Report on sanitation, dispensaries, and jails in Rajputana for 1921, and on vaccination for the year 1921-1922 - 1921-1922
Year: 1921
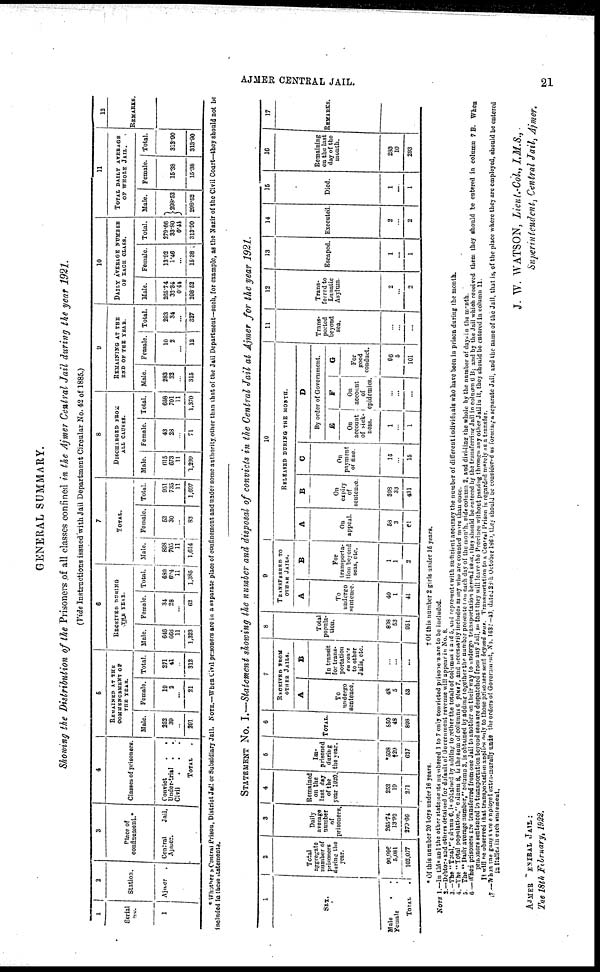
AJMER CENTRAL JAIL.
211
GENERAL SUMMARY.
Showing the Distribution of the Prisoners of all classes confined in the Ajmer Central Jail during the year 1921.
(Vide Instructions issued with Jail Department Circular No. 42 of 1885.)
1
Serial
No.
1
2
Station.
Ajmer
3
Place of
confinement.*
Central
Jail,
Ajmer.
4
Classes of prisoners.
Convict
. .
Under-trial ..
Civil
.
.
.
TOTAL.
5
REMAINED AT THE
COMMENCEMENT OF
THE YEAR.
Male.
252
39
...
291
Female.
19
2
...
21
Total.
271
41
...
312
6
RECEIVED DURING
THE YEAR.
Male.
646
666 11
1,323
Female.
34
28
...
62
Total.
680
694
11
1,385
7
TOTAL.
Male.
898
705
11
1,614
Female.
53
30
...
83
Total.
951
735
11
1,697
8
DISCHARGED FROM
ALL CAUSES.
Male.
615
673
11
1,299
Female.
43
28
...
71
Total.
658
701
11
1,370
9
REMAINING AT THE
END OF THE YEAR.
Male.
283
32
...
315
Female.
10
2
...
12
Total.
293
34
...
327
10
DAILY AVERAGE NUMBER
OF EACH CLASS.
Male.
285.74
33.34
0.44
298.52
Female.
13.92
1.46
...
15.38
Total.
279.66
83.80
0.44
313.90
11
TOTAL DAILY AVERAGE
OF WHOLE JAIL.
Male.
298.52
298.52
Female.
15.38
15.38
Total.
313.90
313.90
12
REMARKS.
* Whether a Central Prison, District Jail or Subsidiary Jail. NOTE.—When Civil prisoners are in a separate place of confinement and under some authority other than that of the Jail Department—such, for example, as the Nazir of the Civil Court—they should not be
included in these statements.
STATEMENT No. I.—Statement showing the number and disposal of convicts in the Central Jail at Ajmer for the year 1921.
1
SEX.
Male.. Female.
TOTAL.
2
Total
aggregate
number of
prisoners
during the
year.
96,996
5,081
102,077
3
Daily
average
number
of
prisoners.
265,74
13.92
279.66
4
Remained
on the
last day
of the
year 1920.
252
19
271
5
Im-
prisoned
during
the year.
*598
†29
627
6
TOTAL.
850
48
898
7
RECEIVED FROM
OTHER JAILS.
A
To
undergo
sentence.
48
5
53
B
In transit
for trans-
portation
en rou'e
to other
Jails, etc.
...
...
...
8
Total
popula-
tion.
898
53
951
9
TRANSFERRED TO
OTHER JAILS.
A
To
undergo
sentence.
40
1
41
B
For
transporta-
tion beyond
seas, etc.
1
1
2
10
RELEASED DURING THE MONTH.
A
On
appeal.
58
3
61
B
On
expiry
of
sentence.
398
33
431
C
On
payment
of fine.
15
...
15
D
By order of Government.
E
On
account
of sick¬
ness.
1
...
1
F
On
account
of
epidemics.
...
...
...
G
For
good
conduct.
96
5
101
11
Trans-
ported
beyond
sea.
...
...
...
12
Trans-
ferred to
Lunatic
Asylum.
2
...
2
13
Escaped.
1
...
1
14
Executed.
2
...
2
15
Died.
1
...
1
16
Remaining
on the last
day of the
month.
283
10
293
17
REMARKS.
* Of this number 20 boys under 16 years.
†Of this number 2 girls under 15 years.
NOTE 1.—
2.—
3.—
4.—
5.— 6.—
7.—
In this and the other statements numbered 1 to 7 only convicted prisoners are to be included.
Debtors and others detained for default of Government revenue will appear in No. 8.
The "Total," column 6, is obtained by adding to rether the totals of columns 4 and 5, and represent with sufficient accuracy the number of different individuals who have been in prison during the month.
The " Total population," column 8, is the sum of columns 6 plus 7, and necessarily includes many who are counted more than once.
The " Daily average number,"column 3, is obtained by adding together the number presented on each day of the month, vide column 2, and dividing the whole by the number of days in the month.
When prisoners are transferred from one Jail to another on their way to undergo transportation beyond seas, they should be entered by the transferring Jail in column 6 B; and by the Jail which received them they should be entered in column 7 B. When
prisoners sentenced to transportation beyond seas are despatched from any Jail, so that they will leave the Province without passing through any other Jail in it, they should be entered in column 11.
It will be observed that transportation applies only to those prisoners sent beyond seas. Transportation to a Central Prison is regarded merely as a transfer.
When the gangs are employed extra-murally under the orders of Government, No. 1632—43. dated 28th October 1860, they should be considered as forming a separate Jail, and the name of the Jail, that is, of the place where they are employed, should be entered
in Italics in each statement.
J. W. WATSON, Lieut.-Col., I.M.S.,
Superintendent, Central Jail, Ajmer.
AJMER CENTRAL JAIL:
The 18th February, 1922.